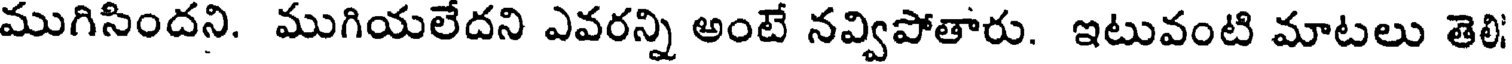
ముగిసిందని. ముగియలేదని ఎవరన్ని అంటే నవ్విపోతారు. ఇటువంటి మాటలు తెలి